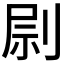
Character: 𠝑